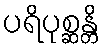
ပရိပုစ္ဆန္တိ